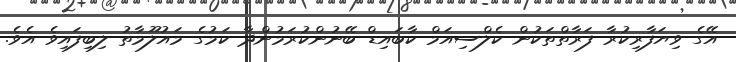
އޭގެ ވިޔަފާރިކުރާ ފަރާތްތަކުން ކެލްސިއަމް ކާބައިޑް ބޭނުންކުރަމުންދާ ކަމުގެ މައުލޫމާތު ލިބިފައިވެ އެވެ.